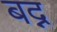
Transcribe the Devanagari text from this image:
बद्न